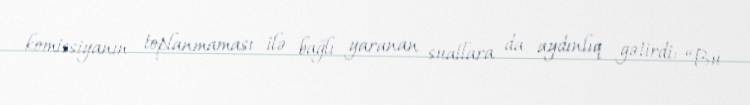
komissiyanın toplanmaması ilə bağlı yaranan suallara da aydınlıq gətirdi: “Bu